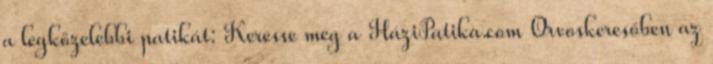
a legközelebbi patikát: Keresse meg a HáziPatika.com Orvoskeresőben az